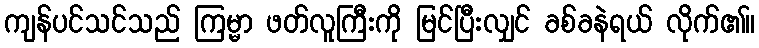
ကျန်ပင်သင်သည် ကြမ္မာ ဖတ်လူကြီးကို မြင်ပြီးလျှင် ခစ်ခနဲရယ် လိုက်၏။